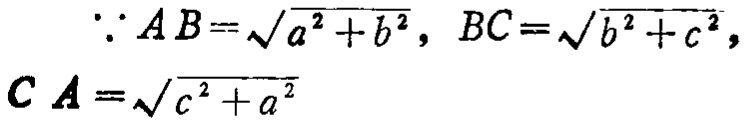
\(\because AB=\sqrt{a^{2}+b^{2}}, BC=\sqrt{b^{2}+c^{2}}, CA=\sqrt{c^{2}+a^{2}}\)